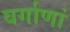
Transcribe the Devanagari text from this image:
वर्गाणां